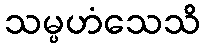
သမ္ပဟံသေသိ